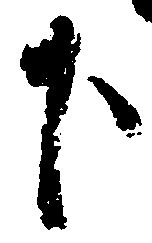
下